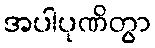
အပါပုဏိတွာ